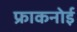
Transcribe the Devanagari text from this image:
फ्राकनोई